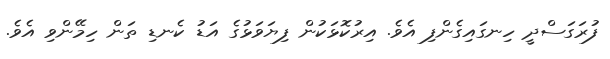
ފުރަގަސްދީ ހިނގައިގެންފި އެވެ. އިރުކޮޅަކުން ފިޔަވަޅުގެ އަޑު ކެނޑި ތަން ހިމޭންވި އެވެ.